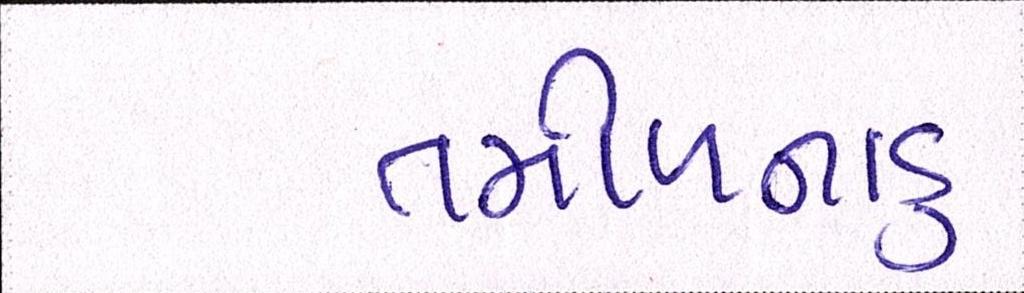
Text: તમીળનાડુ